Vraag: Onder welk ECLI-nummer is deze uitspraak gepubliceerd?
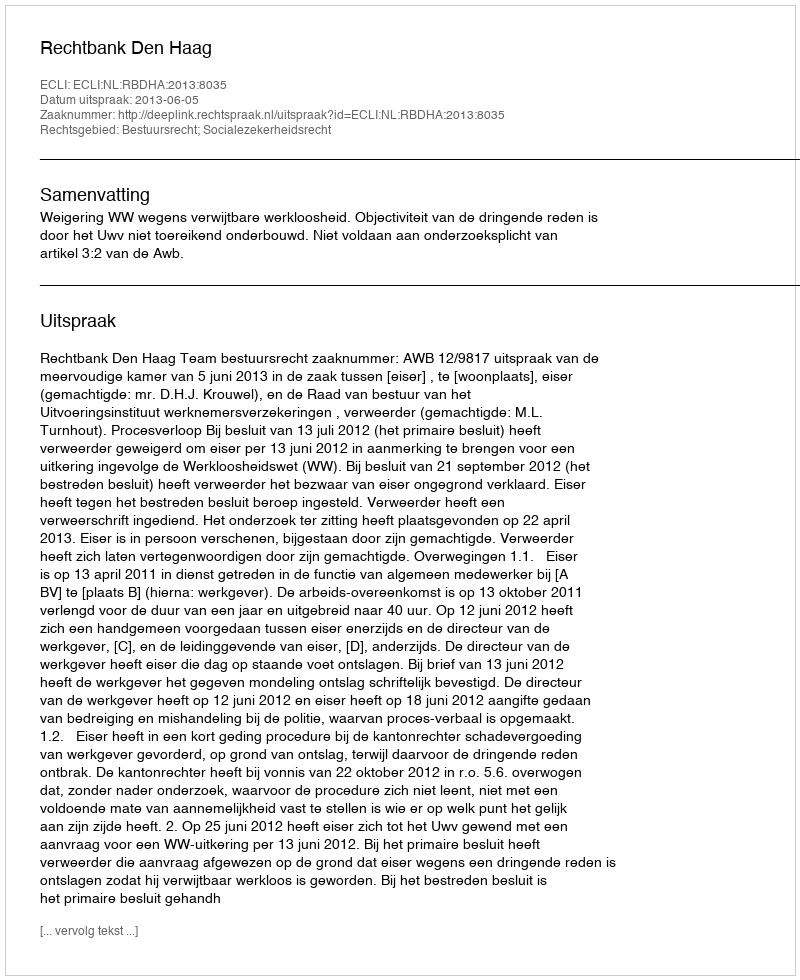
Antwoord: ECLI:NL:RBDHA:2013:8035